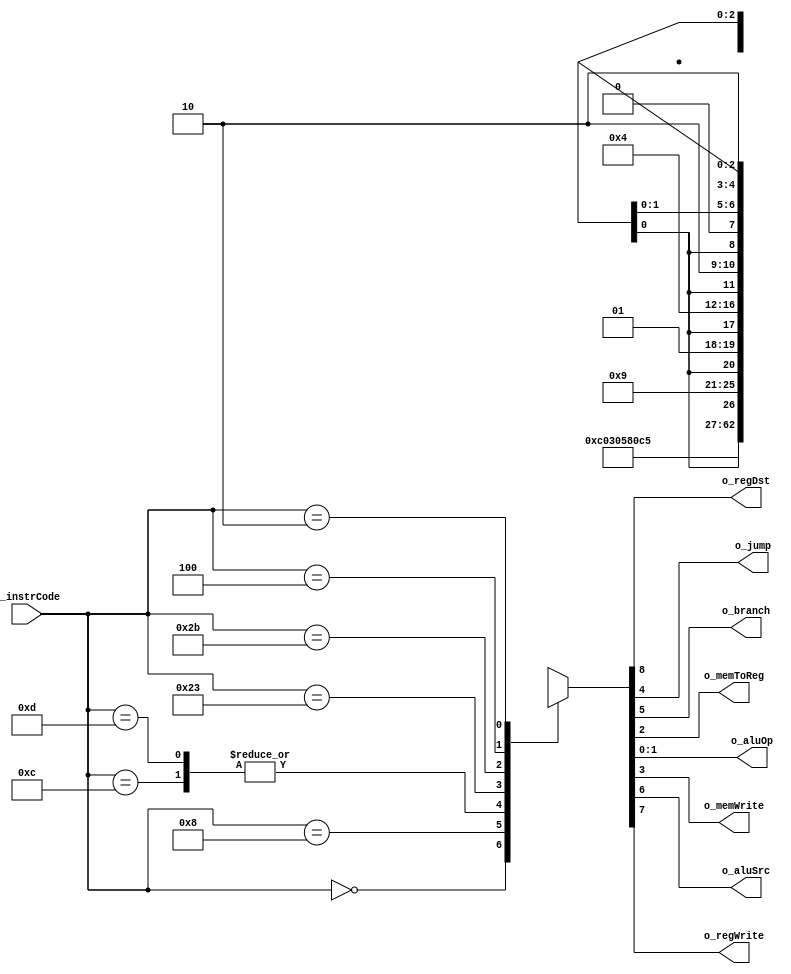
module control(i_instrCode, 
               o_regDst,
               o_jump, 
               o_branch,
               o_memToReg,
               o_aluOp,
               o_memWrite,
               o_aluSrc,
               o_regWrite
               );
               
// if {Op_code[31:26], func[5:0]} when input [11:0] i_instrCode; 
//if only Op_code[31:26] - when   input [5:0] i_instrCode; 
 
//input     [11:0]  i_instrCode;
input     [5:0]  i_instrCode; 
output            o_regDst;
output            o_regWrite;
output            o_aluSrc;
output            o_branch;
output            o_jump; 
output            o_memWrite;
output            o_memToReg;
output    [1:0]   o_aluOp;



localparam ADDI = 6'b001000, ANDI = 6'b001100;
localparam  ORI = 6'b001101,   LW = 6'b100011;
localparam   SW = 6'b101011,  BEQ = 6'b000100;
localparam    J = 6'b000010,    R = 6'b000000;

reg [8:0] r_temp;

assign {o_regDst, o_regWrite, o_aluSrc, o_branch, o_jump, o_memWrite, o_memToReg, o_aluOp} = r_temp;


always @(*) begin 
	case (i_instrCode)
		R   : r_temp <= 9'b1_1000_00_00;
		ADDI: r_temp <= 9'b0_1100_00_01;
		ANDI: r_temp <= 9'b0_1100_00_00;
		ORI : r_temp <= 9'b0_1100_00_00;
		LW  : r_temp <= 9'b0_1100_01_01;
		SW  : r_temp <= 9'bx_0100_1x_01;
		BEQ : r_temp <= 9'bx_0010_0x_10;
		J   : r_temp <= 9'bx_0xx1_0x_xx;
		default : r_temp <= 9'bx;
	endcase // i_instrCode
end
  
endmodule